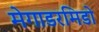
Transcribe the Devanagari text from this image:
मेगाडरमिडो